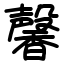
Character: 馨